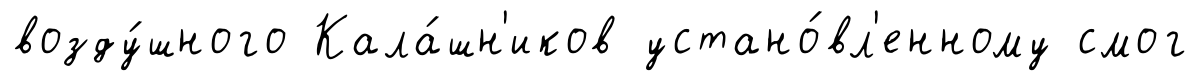
возду́шного Кала́шн'иков устано́вл'енному смог